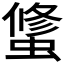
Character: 𰳑